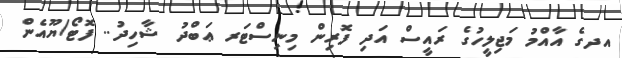
އދގެ އާއްމު މަޖިލީހުގެ ރައީސް އަދި ފޮރިން މިނިސްޓަރ ޢަބްދު ޝާހިދު.. ފޮޓޯ/ޔޫއެން